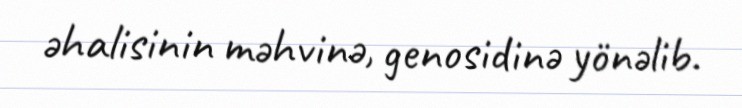
əhalisinin məhvinə, genosidinə yönəlib.